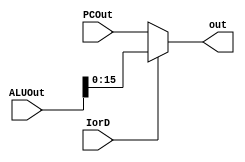
module InstructionAddressMux(
	input[ADDR_WIDTH-1:0] PCOut,
	input[DATA_WIDTH-1:0] ALUOut,
	input	IorD,
	output[ADDR_WIDTH-1:0] out
    );
	parameter ADDR_WIDTH = 16;
	parameter DATA_WIDTH = 32;
	assign out = (IorD) ? ALUOut[ADDR_WIDTH-1:0] : PCOut;

	
endmodule